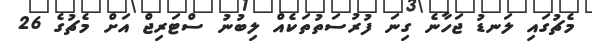
މެޗުގައި ލަނޑު ޖަހާނެ ގިނަ ފުރުސަތުތަކެއް ލިބުނު ސްޓަރިޖް އަށް މެޗުގެ 26